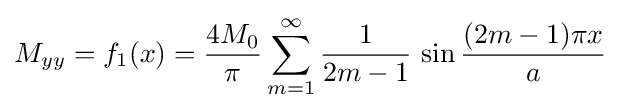
M_{yy}=f_{1}(x)={\frac {4M_{0}}{\pi }}\sum _{m=1}^{\infty }{\frac {1}{2m-1}}\,\sin {\frac {(2m-1)\pi x}{a}}